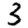
Digit: 3